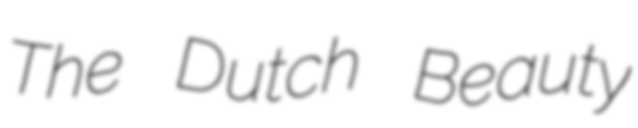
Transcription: The Dutch Beauty